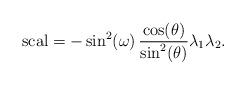
LaTeX: \begin{align*}{\rm scal}=-\sin^2(\omega)\,\frac{\cos(\theta)}{\sin^2(\theta)}\lambda_1\lambda_2.\end{align*}